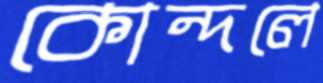
কোন্দলে